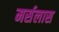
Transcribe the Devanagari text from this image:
मर्सलास